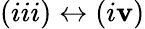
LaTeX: (iii)\leftrightarrow(i\mathbf{v})